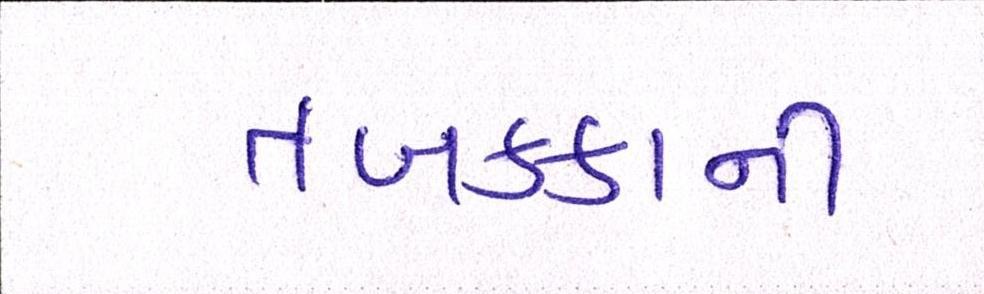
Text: તબક્કાની